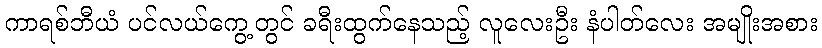
ကာရစ်ဘီယံ ပင်လယ်ကွေ့တွင် ခရီးထွက်နေသည့် လူလေးဦး နံပါတ်လေး အမျိုးအစား